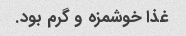
غذا خوشمزه و گرم‌ بود.